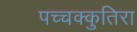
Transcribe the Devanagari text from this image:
पच्चक्कुतिरा